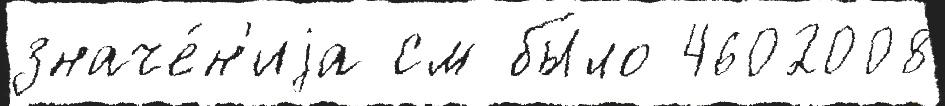
значе́н'иjа см бы́ло 4602008